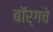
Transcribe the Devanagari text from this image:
बॉर्गचे